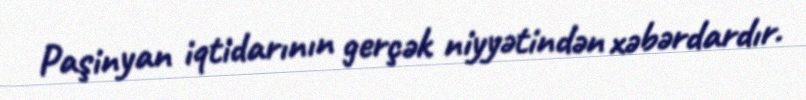
Paşinyan iqtidarının gerçək niyyətindən xəbərdardır.